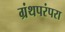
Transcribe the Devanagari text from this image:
ग्रंथपरंपरा